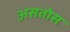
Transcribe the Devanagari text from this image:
असतोस